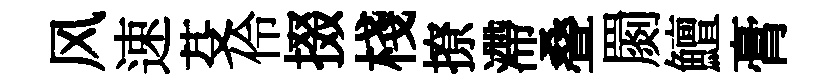
风速芟伶掇棧撩滯叠罽鱣膏